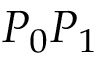
P _ { 0 } P _ { 1 }